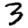
Digit: 3